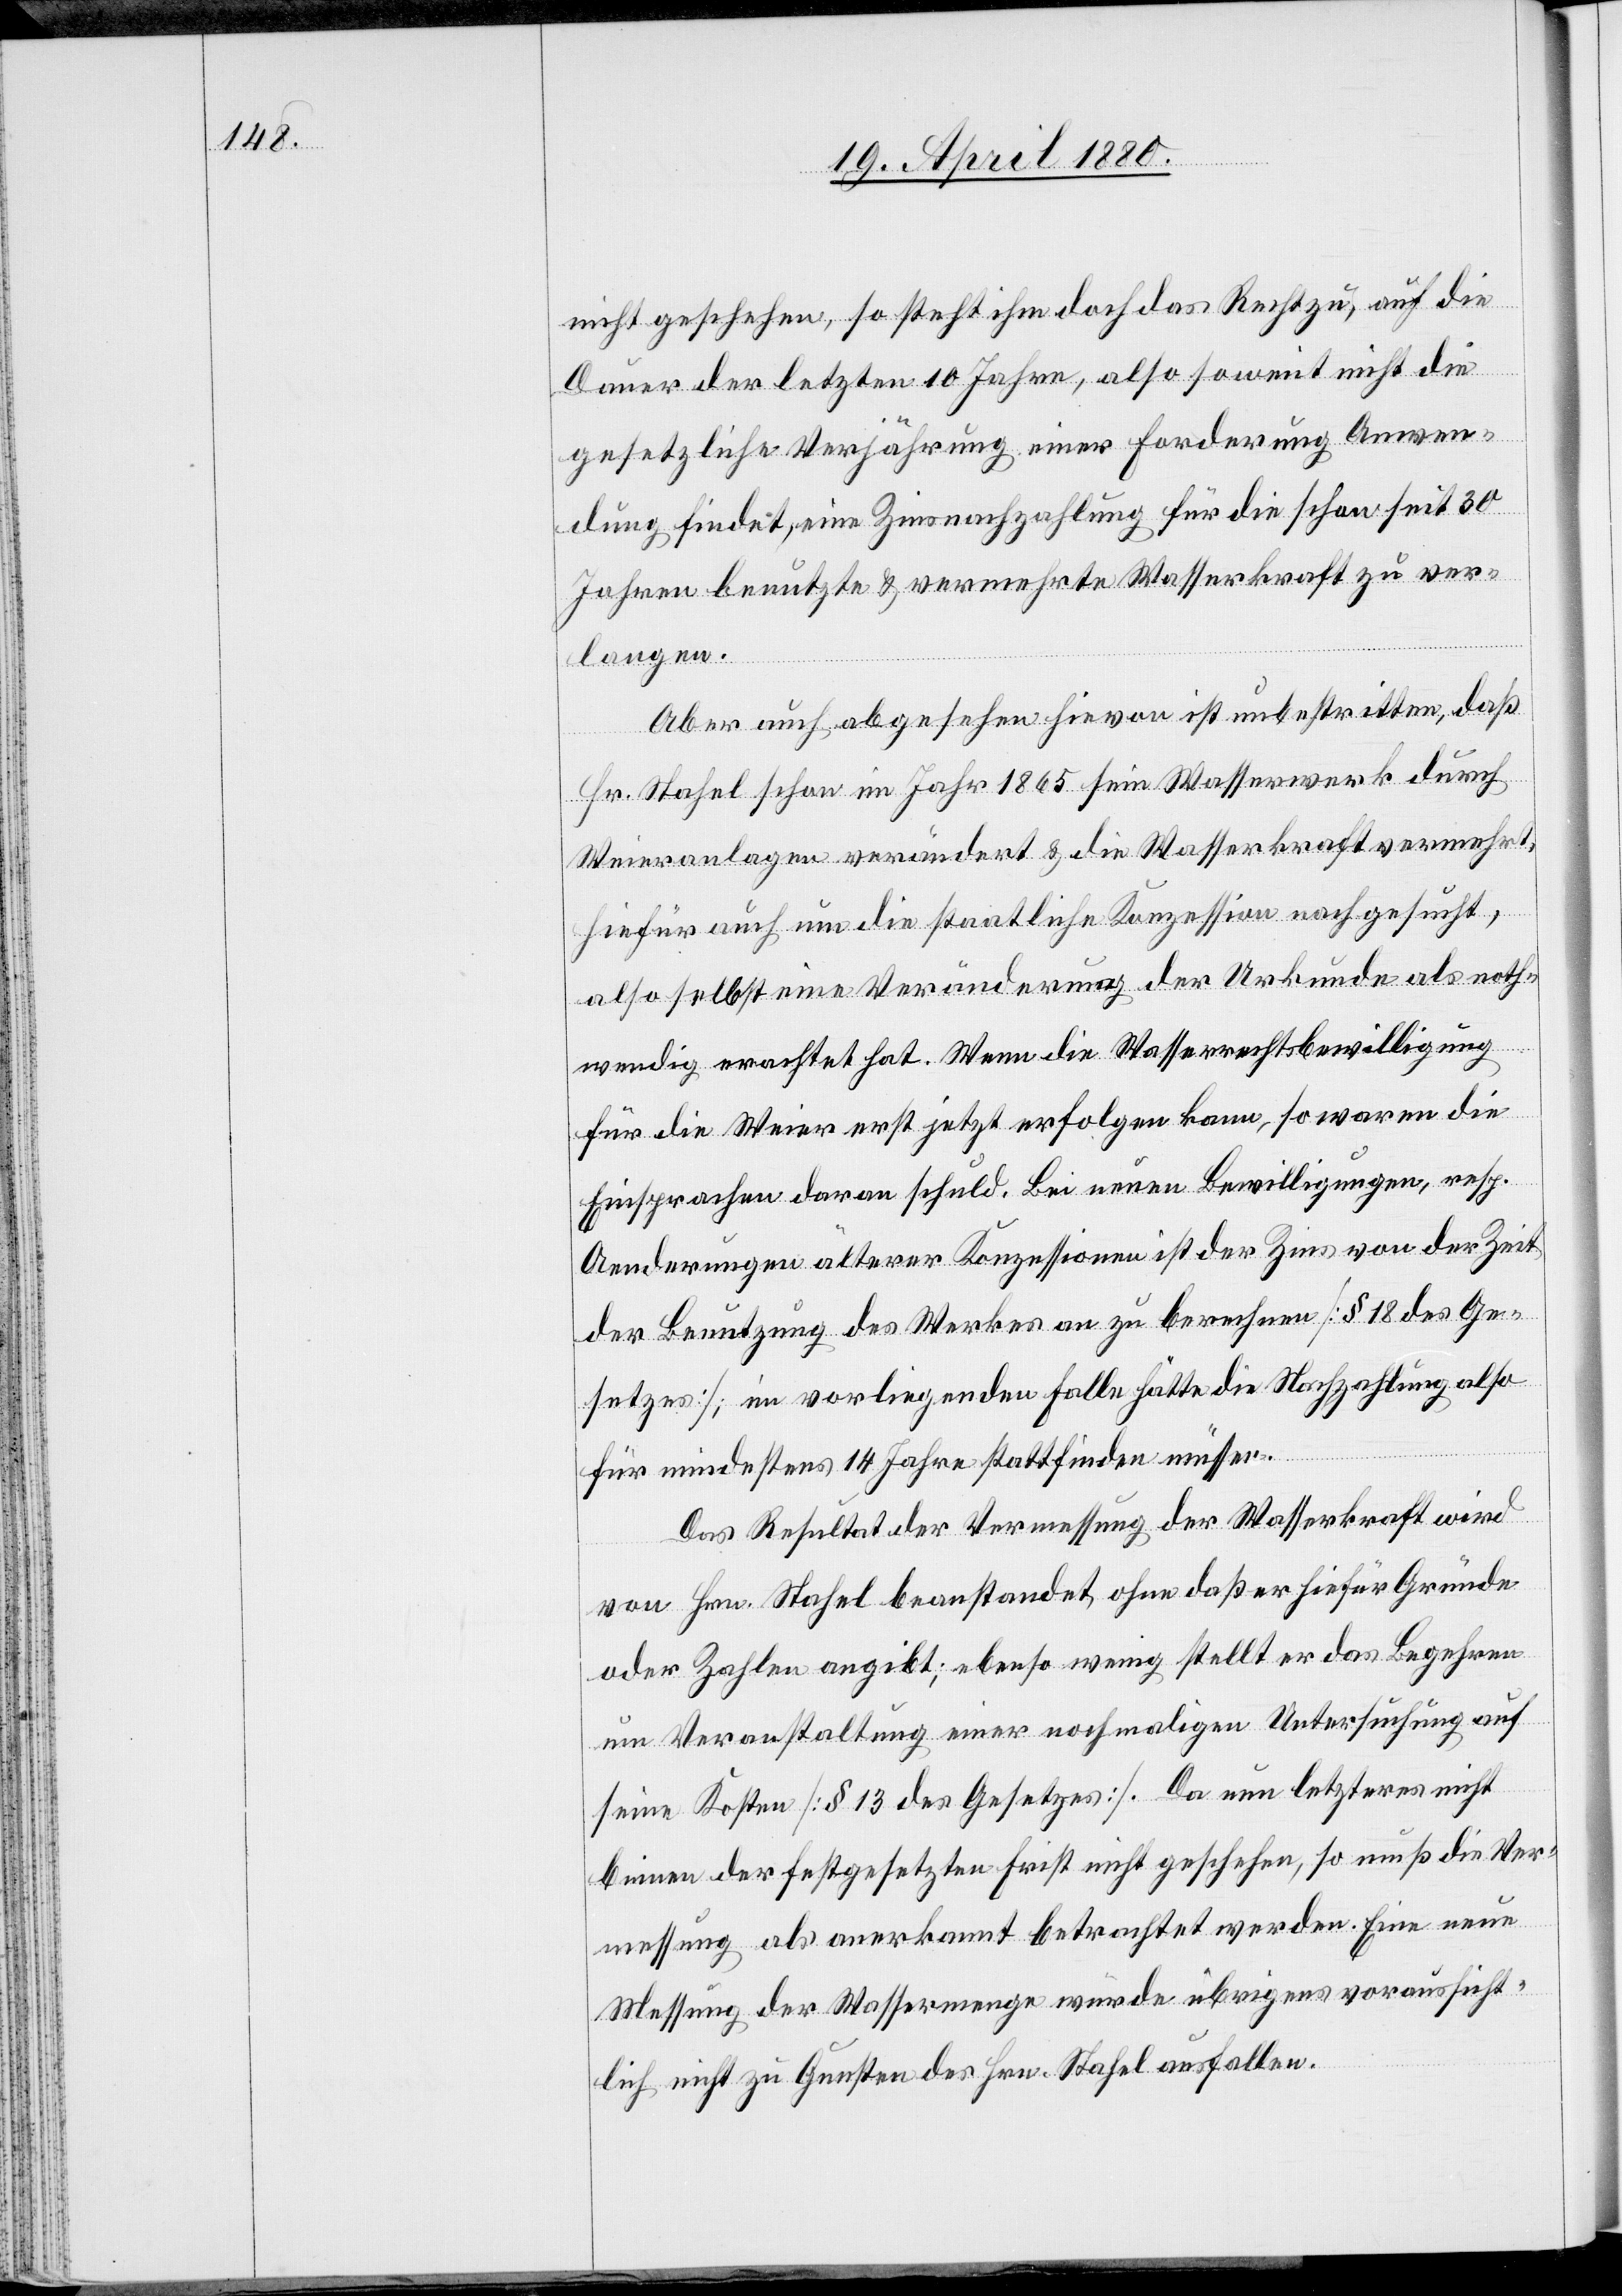
nicht geschehen, so steht ihm doch das Recht zu, auf die
Dauer der letzten 10 Jahre, also soweit nicht die
gesetzliche Verjährung einer Forderung Anwen¬
dung findet, eine Zinsnachzahlung für die schon seit 30
Jahren benutzte 6 vermehrte Wasserkraft zu ver¬
langen.
Aber auch abgesehen hievon ist unbestritten, daß
Hr. Stahel schon im Jahr 1865 sein Wasserwerk durch
Weieranlagen verändert & die Wasserkraft vermehrt,
hiefür auch um die staatliche Konzession nachgesucht,
also selbst eine Veränderung der Urkunde als noth¬
wendig erachtet hat. Wenn die Wasserrechtsbewilligung
für die Weier erst jetzt erfolgen kann, so waren die
Einsprachen daran schuld. Bei neuen Bewilligungen, resp.
Aenderungen älterer Konzessionen ist der Zins von der Zeit
der Benutzung des Werkes an zu berechnen [§ 18 des Ge¬
setzes], im vorliegenden Falle hätte die Nachzahlung also
für mindestens 14 Jahre stattfinden müssen.
Das Resultat der Vermessung der Wasserkraft wird
von Hrn. Stahel beanstandet, ohne daß er hiefür Gründe
oder Zahlen angibt; ebenso wenig stellt er das Begehren
um Veranstaltung einer nochmaligen Untersuchung auf
seine Kosten [§ 13 des Gesetzes]. Da nun letzteres nicht
binnen der festgesetzten Frist nicht geschehen [sic!], so muß die Ver¬
messung als anerkannt betrachtet werden. Eine neue
Messung der Wassermenge würde übrigens voraussicht¬
lich nicht zu Gunsten des Hrn. Stahel ausfallen.